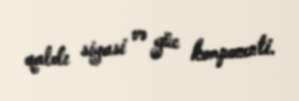
qaldı siyasi və güc komponenti.